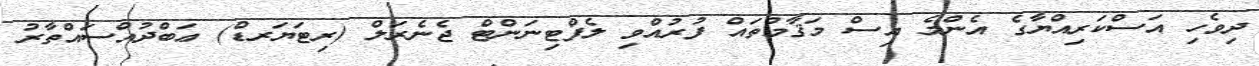
ދިވެހި އަސްކަރިއްޔާގެ އެންމެ އިސް މަޤާމުތައް ފުރުއްވި ލެފްޓިނަންޓް ޖެނެރަލް (ރިޓަޔަރޑް) ޢަބްދުއްސައްތާރު